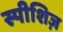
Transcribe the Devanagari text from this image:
स्पीशिज़